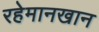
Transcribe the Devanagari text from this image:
रहेमानखान